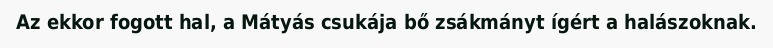
Az ekkor fogott hal, a Mátyás csukája bő zsákmányt ígért a halászoknak.